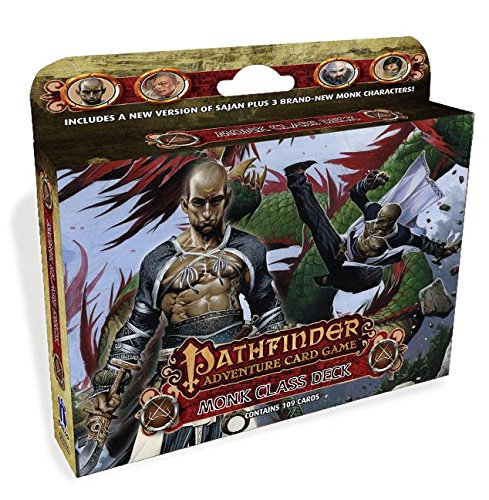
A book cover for Pathfinder Adventure Card Game: Monk Class Deck; Tanis O'Connor; Science Fiction & Fantasy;